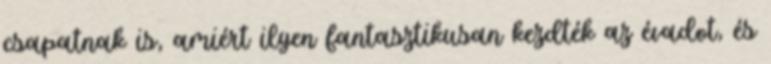
csapatnak is, amiért ilyen fantasztikusan kezdték az évadot, és